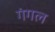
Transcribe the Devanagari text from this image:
गंगल